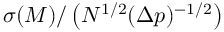
\sigma ( M ) / \left( N ^ { 1 / 2 } ( \Delta p ) ^ { - 1 / 2 } \right)